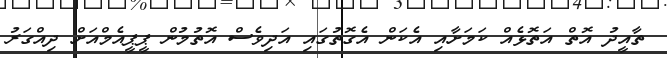
ތާއީދު އޮތް އަތޮޅެއް ކަމަށާއި އެކަން އެގޮތުގައި އަދިވެސް އޮތުމުން ޕީޕީއެމްއަށް ދިއްގަރު